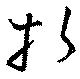
折